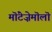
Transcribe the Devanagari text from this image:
मॊंटेज़ेमॊलॊ